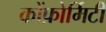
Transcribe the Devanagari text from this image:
कोंफ़ोर्मिटी